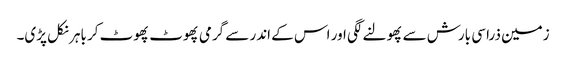
زمین ذرا سی بارش سے پھولنے لگی اور اس کے اندر سے گرمی پھوٹ پھوٹ کر باہر نکل پڑی۔